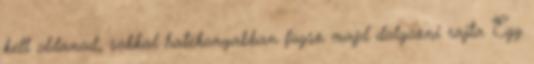
kell oldanod, sokkal hatékonyabban fogsz majd dolgozni rajta Egy